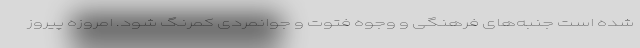
شده است جنبه‌های فرهنگی و وجوه فتوت و جوانمردی کمرنگ شود. امروزه پیروز